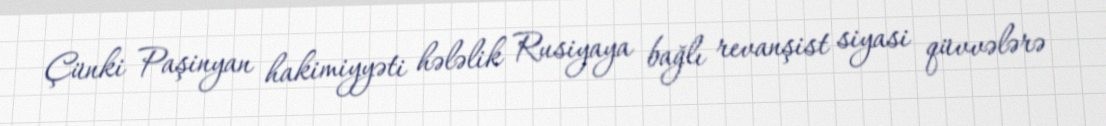
Çünki Paşinyan hakimiyyəti hələlik Rusiyaya bağlı revanşist siyasi qüvvələrə